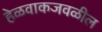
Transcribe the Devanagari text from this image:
हेळवाकजवळील